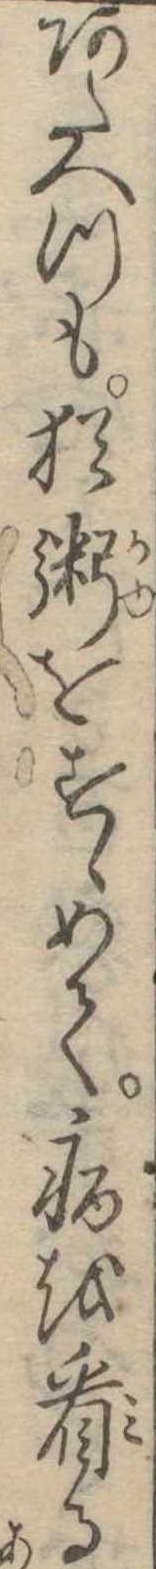
あたへつも猶粥をすゝめて病を看る